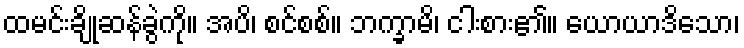
ထမင်းချိုဆန်ခွဲကို။ အပိ၊ စင်စစ်။ ဘက္ခာမိ၊ ငါးစား၏။ ယောယာဒိသော၊